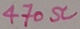
Text: 470Ω